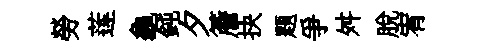
勞莲龜鈍夕簷抉题爭舛脫宥